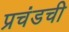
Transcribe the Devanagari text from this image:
प्रचंडची